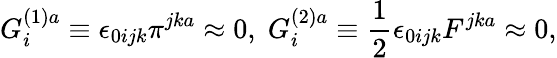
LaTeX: G_{i}^{(1)a}\equiv\epsilon_{0ijk}\pi^{jka}\approx 0,\; G_{i}^{(2)a}\equiv\frac{1}{2}\epsilon_{0ijk}F^{jka}\approx 0,